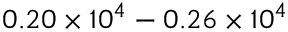
0 . 2 0 \times 1 0 ^ { 4 } - 0 . 2 6 \times 1 0 ^ { 4 }